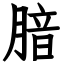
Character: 腤